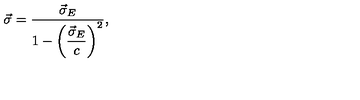
\vec { \sigma } = \frac { \vec { \sigma } _ { E } } { 1 - \left( \displaystyle \frac { \vec { \sigma } _ { E } } { c } \right) ^ { 2 } } ,